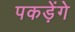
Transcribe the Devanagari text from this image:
पकड़ेंगे